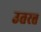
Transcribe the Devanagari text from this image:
उतरत्त